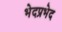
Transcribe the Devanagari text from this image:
भेदप्रभेद